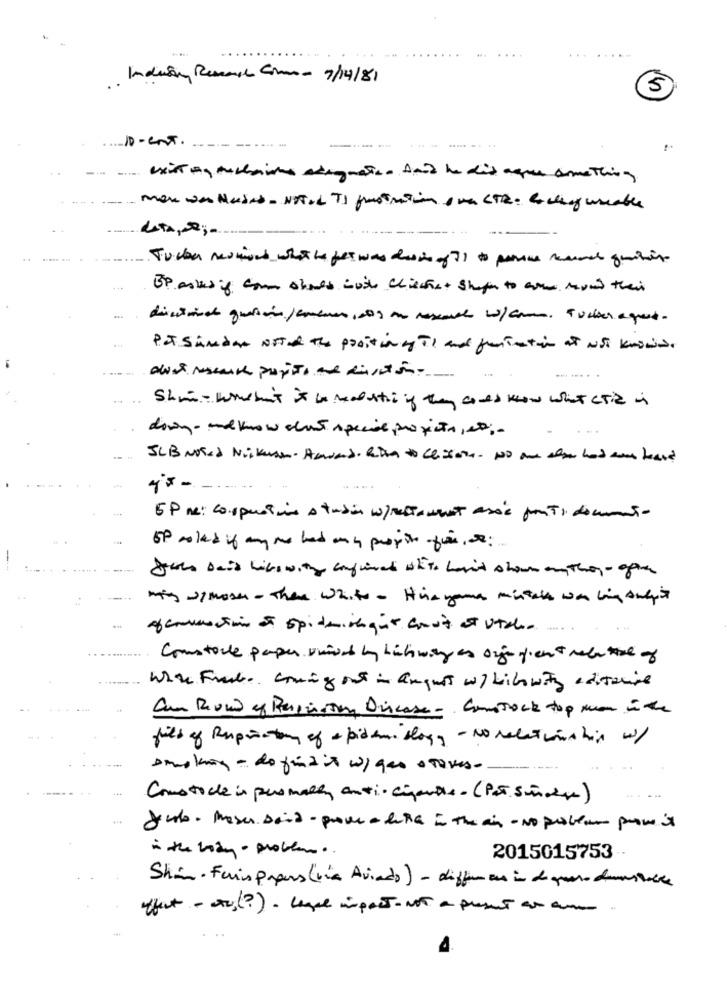
.. +
Indusany Resac Gm- 7/14/81
5
1D-enT.
- ------ -
----
exist ty muchaires adeguato- fait he did ague armeThing
Tucker newmont what is fes was desi of 71 to persue reasons quins
BP asked if com should mis Chiethat shape to al merand their
Pat Sander Noted the positiongy TI and funimation at Not known.
Shin - wouldn't it is saluti if they canes know what cria is
down- undknow chut specie projecto, co ;-
5Pm: Corpusivine a tusin wprestoment asse ponts documento
of solid if anyone had any proposte ofice. :
John said lifewith anywired white hav'd shown on they- gate
may -1 moser - There white - Hinayana mintch was bing ong's
of erection of spidmisligut cost of Utche
.....
Constocle paper unidad by lichway as oigefreut relative of
White Finale coming out in august w/ Lilowith aditacine
Can Rond of Respiration Disease- Comstock top man in the
fils of Rupictor of + piden blogg - No relationship w/
smoking - de finit w/ gas stoves-
Constocle in personally anti- cipantes . (PPT.Sincese)
Jule . Masen said - prove a dette in The air - No problem prove it
is the body - proven ..
2015015753
Shin. Feris prens (via Aviado) - differ ens in de queso demonstrable
effect - au( ?) - legge impact-not a puset as